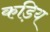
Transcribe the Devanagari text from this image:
कड़िय